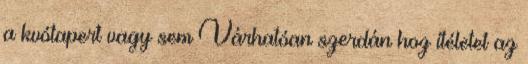
a kvótapert vagy sem Várhatóan szerdán hoz ítéletet az